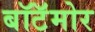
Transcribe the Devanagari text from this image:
बॉटॅमोर